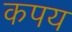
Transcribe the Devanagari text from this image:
कपय